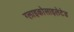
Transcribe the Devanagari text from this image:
ग्लाइकोसाइलेटेड